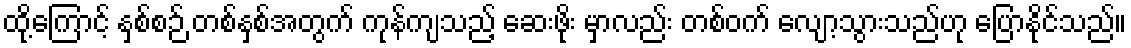
ထို့ကြောင့် နှစ်စဉ် တစ်နှစ်အတွက် ကုန်ကျသည့် ဆေးဖိုး မှာလည်း တစ်ဝက် လျော့သွားသည်ဟု ပြောနိုင်သည်။